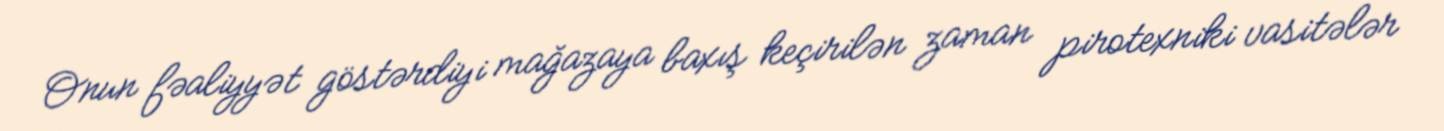
Onun fəaliyyət göstərdiyi mağazaya baxış keçirilən zaman pirotexniki vasitələr